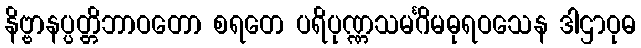
နိဗ္ဗာနပ္ပတ္တိဘာဝတော စရတေ ပရိပုဏ္ဏသမင်္ဂိမဓုရဝသေန ဒါဌာဝုဓ